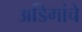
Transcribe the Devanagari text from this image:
अडिगांचे